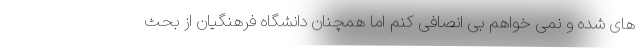
های شده و نمی خواهم بی انصافی کنم اما همچنان دانشگاه فرهنگیان از بحث